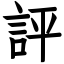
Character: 評